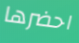
احضرها